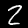
Label: 2